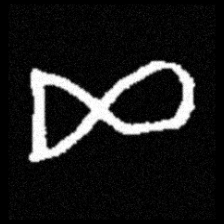
Pyu character \u2014 Myanmar letter: ဆ (romanized: cha)